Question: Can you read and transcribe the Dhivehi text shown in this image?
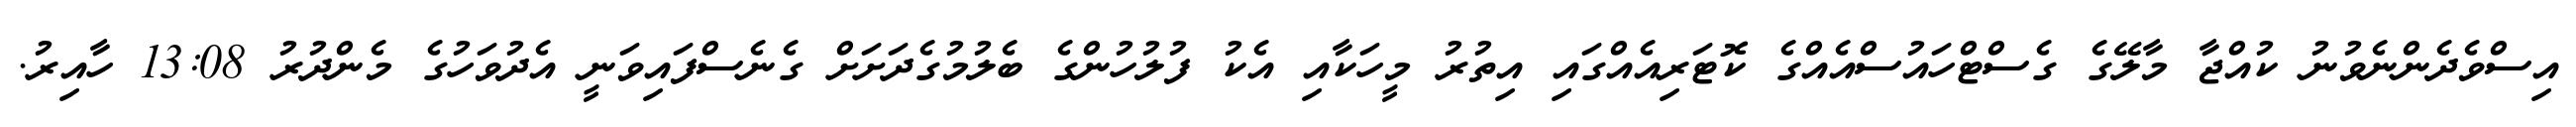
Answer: އިސްވެދެންނެވުނު ކުއްޖާ މާލޭގެ ގެސްޓްހައުސްއެއްގެ ކޮޓަރިއެއްގައި އިތުރު މީހަކާއި އެކު ފުލުހުންގެ ބެލުމުގެދަށަށް ގެނެސްފައިވަނީ އެދުވަހުގެ މެންދުރު 13:08 ހާއިރު.